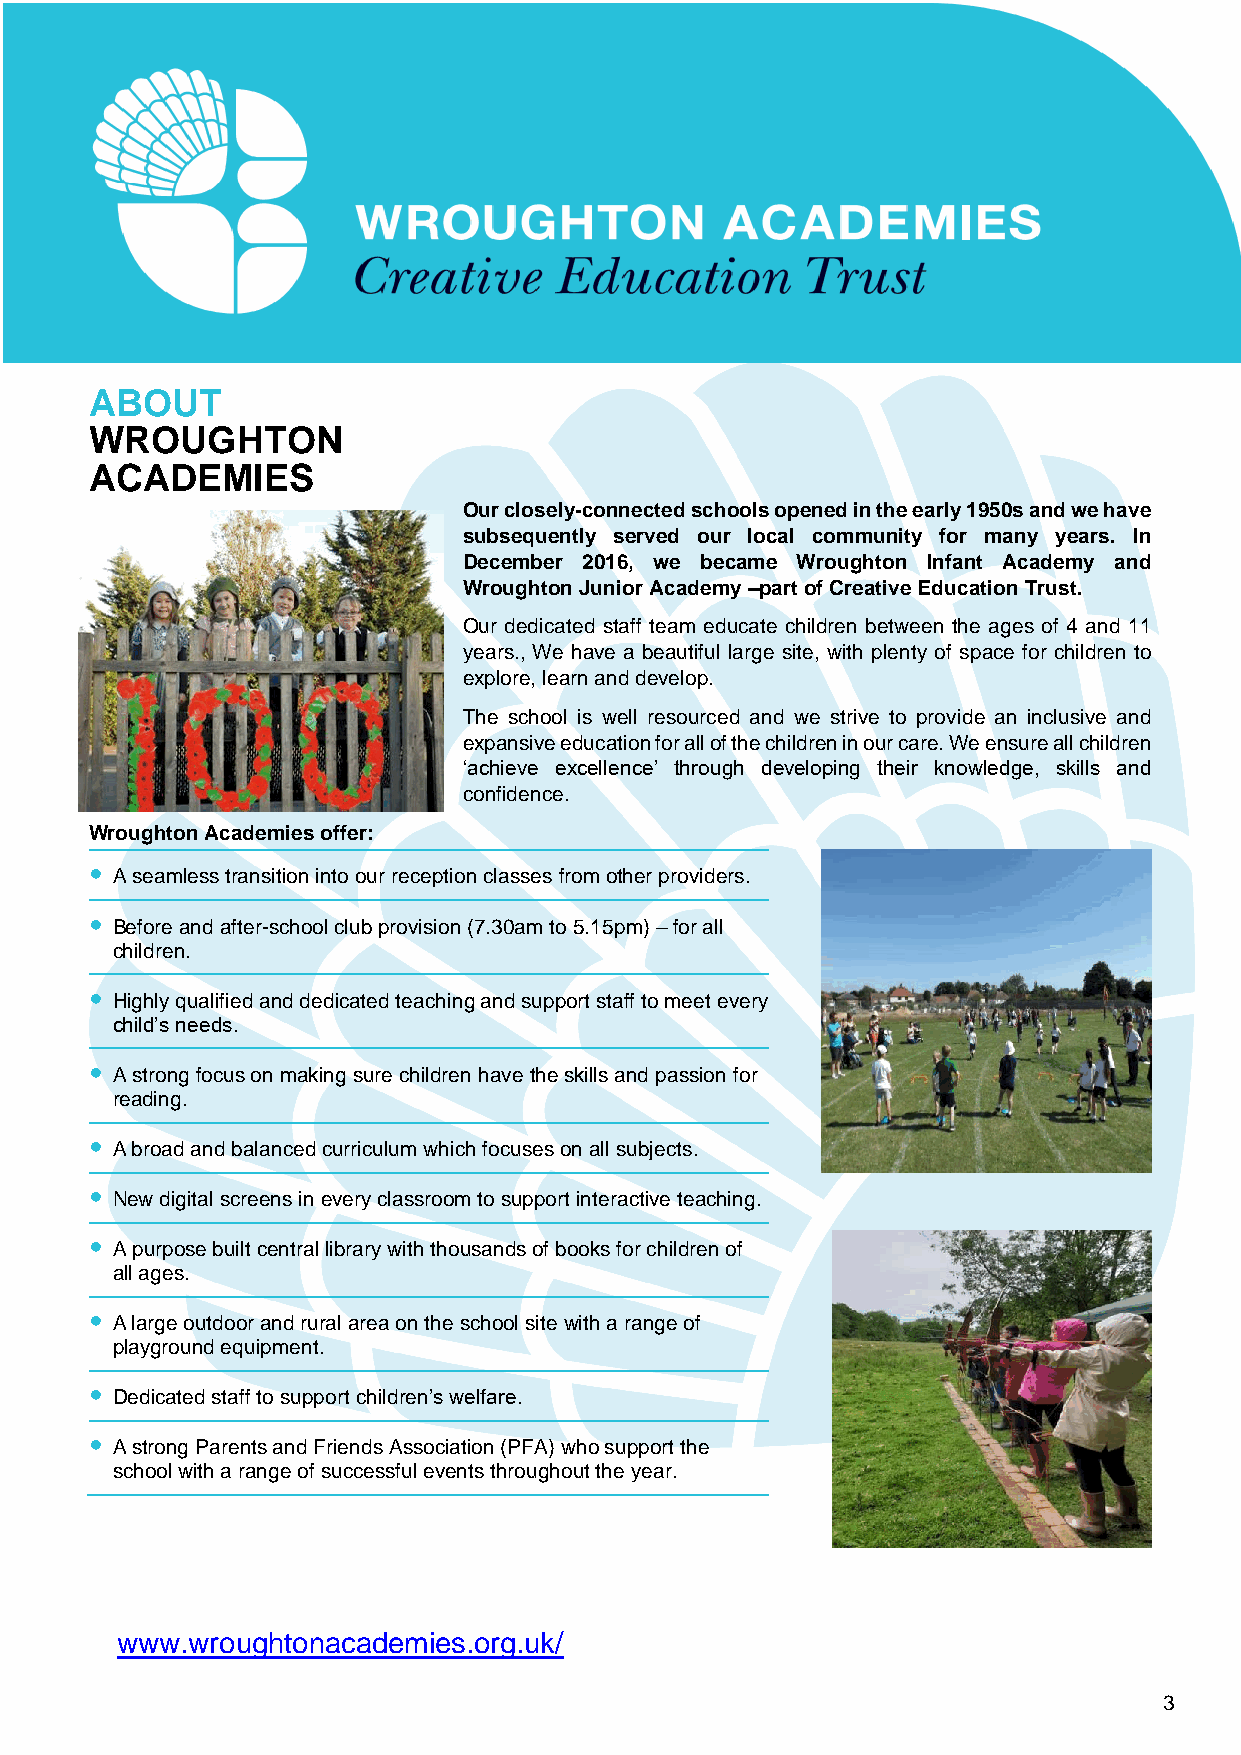
ABOUT
 WROUGHTON
 ACADEMIES
 Our closely-connected schools opened in the early 1950s and we have
 subsequently served our local community for many years. In
 December 2016, we became Wroughton Infant Academy and
 Wroughton Junior Academy –part of Creative Education Trust.
 Our dedicated staff team educate children between the ages of 4 and 11
 years., We have a beautiful large site, with plenty of space for children to
 explore, learn and develop.
 The school is well resourced and we strive to provide an inclusive and
 expansive education for all of the children in our care. We ensure all children
 ‘achieve excellence’ through developing their knowledge, skills and
 confidence.
 Wroughton Academies offer:
  A seamless transition into our reception classes from other providers.
  Before and after-school club provision (7.30am to 5.15pm) – for all
 children.
  Highly qualified and dedicated teaching and support staff to meet every
 child’s needs.
  A strong focus on making sure children have the skills and passion for
 reading.
  A broad and balanced curriculum which focuses on all subjects.
  New digital screens in every classroom to support interactive teaching.
  A purpose built central library with thousands of books for children of
 all ages.
  A large outdoor and rural area on the school site with a range of
 playground equipment.
  Dedicated staff to support children’s welfare.
  A strong Parents and Friends Association (PFA) who support the
 school with a range of successful events throughout the year.
 www.wroughtonacademies.org.uk/
 3